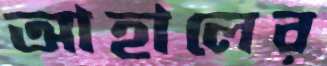
আহালের